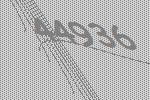
44936